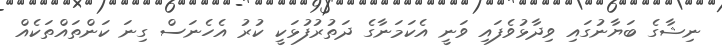
ނިޝާގެ ބަޔާނުގައި ވިދާޅުވެފައި ވަނީ އެކަމަނާގެ ދަތުރުފުޅަކީ ކުރު އެހެނަސް ގިނަ ކަންތައްތަކެއް